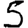
Digit: 5